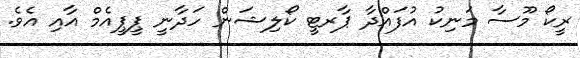
ރީކޯ މޫސާ މަނިކު އުފައްދާ ޕާރޓީ ކޯލިޝަން ހަދާނީ ޕީޕީއެމް އާއި އެވެ.